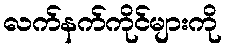
လက်နက်ကိုင်များကို